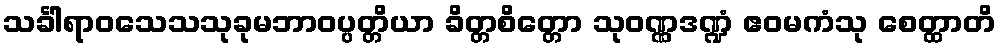
သင်္ခါရာဝသေသသုခုမဘာဝပ္ပတ္တိယာ ခိတ္တစိတ္တော သုဝဏ္ဏဒဏ္ဍံ ဧဝမကံသု စေတ္ထာတိ